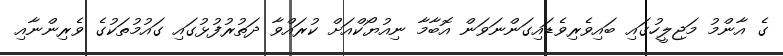
ގެ އާންމު މަޖިލީހުގައި ބައިވެރިވެޑައިގަންނަވަން އޮބާމާ ނިއުޔޯކްއަށް ކުރައްވާ ދަތުރުފުޅުގައި ގައުމުތަކުގެ ވެރިންނާއި